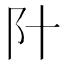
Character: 䦹